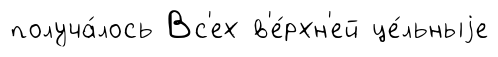
получа́лось Вс'ех в'е́рхн'ей це́льныjе